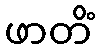
ဖာတိံ